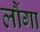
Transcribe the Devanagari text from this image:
लौंगा